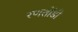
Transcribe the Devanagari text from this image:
रणतोंडी